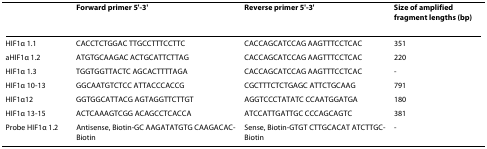
<table><thead><tr><td>[EMPTY_CELL]</td><td><b>Forward primer 5'-3'</b></td><td><b>Reverse primer 5'-3'</b></td><td><b>Size of amplified fragment lengths (bp)</b></td></tr></thead><tbody><tr><td>HIF1α 1.1</td><td>CACCTCTGGAC TTGCCTTTCCTTC</td><td>CACCAGCATCCAG AAGTTTCCTCAC</td><td>351</td></tr><tr><td>aHIF1α 1.2</td><td>ATGTGCAAGAC ACTGCATTCTTAG</td><td>CACCAGCATCCAG AAGTTTCCTCAC</td><td>220</td></tr><tr><td>HIF1α 1.3</td><td>TGGTGGTTACTC AGCACTTTTAGA</td><td>CACCAGCATCCAG AAGTTTCCTCAC</td><td>-</td></tr><tr><td>HIF1α 10-13</td><td>GGCAATGTCTCC ATTACCCACCG</td><td>CGCTTTCTCTGAGC ATTCTGCAAG</td><td>791</td></tr><tr><td>HIF1α12</td><td>GGTGGCATTACG AGTAGGTTCTTGT</td><td>AGGTCCCTATATC CCAATGGATGA</td><td>180</td></tr><tr><td>HIF1α 13-15</td><td>ACTCAAAGTCGG ACAGCCTCACCA</td><td>ATCCATTGATTGC CCCAGCAGTC</td><td>381</td></tr><tr><td>Probe HIF1α 1.2</td><td>Antisense, Biotin-GC AAGATATGTG CAAGACAC-Biotin</td><td>Sense, Biotin-GTGT CTTGCACAT ATCTTGC-Biotin</td><td>-</td></tr></tbody></table>